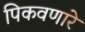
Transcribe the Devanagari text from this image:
पिकवणारे